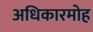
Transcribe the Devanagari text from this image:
अधिकारमोह